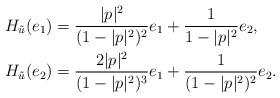
LaTeX: \begin{align*}H_{\tilde{u}}(e_1)&=\frac{|p|^2}{(1-|p|^2)^2}e_1+\frac{1}{1-|p|^2}e_2, \\H_{\tilde{u}}(e_2)&=\frac{2|p|^2}{(1-|p|^2)^3}e_1+\frac{1}{(1-|p|^2)^2}e_2. \end{align*}